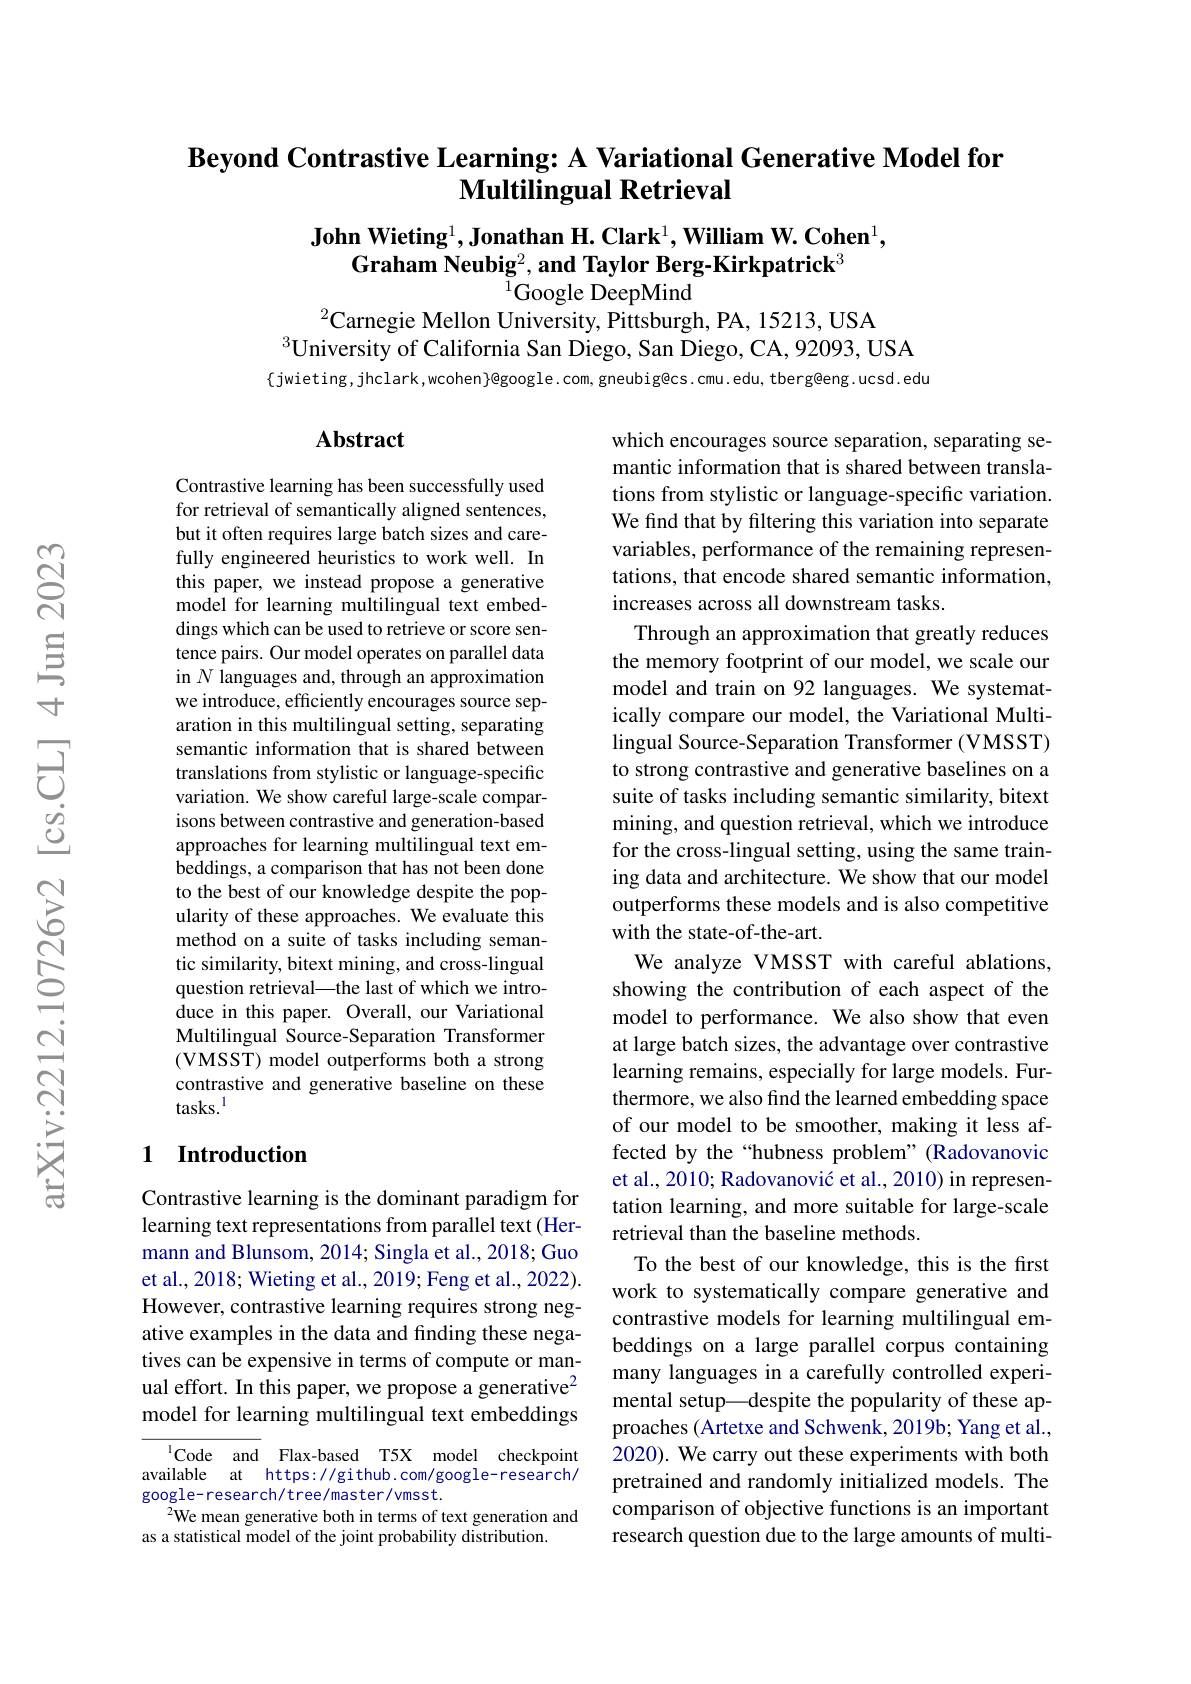
## Beyond Contrastive Learning: A Variational Generative Model for Multilingual Retrieval

John Wieting$^1$,Jonathan H. Clark$^1,\textbf{William W. Cohen}^1$,
Graham Neubig$^2,\textbf{and Taylor Berg-Kirkpatrick}^3$
# $^{1}$Google DeepMind

$^{2}$Carnegie Mellon University, Pittsburgh, PA, 15213, USA

$^{3}$University of California San Diego, San Diego, CA, 92093, USA

$\{$jwieting, jhclark,wcohen}@google.com, gneubig@cs.cmu.edu, tberg@eng.ucsd.edu

### $\mathbf{Abstract}$

Contrastive learning has been successfully used for retrieval of semantically aligned sentences, but it often requires large batch sizes and carefully engineered heuristics to work well. In this paper, we instead propose a generative model for learning multilingual text embeddings which can be used to retrieve or score sentence pairs. Our model operates on parallel data in $\hat{N\text{ languages and, through an approximation}}$ we introduce, efficiently encourages source separation in this multilingual setting, separating semantic information that is shared between translations from stylistic or language-specific variation. We show careful large-scale comparisons between contrastive and generation-based approaches for learning multilingual text embeddings, a comparison that has not been done to the best of our knowledge despite the popularity of these approaches. We evaluate this method on a suite of tasks including semantic similarity, bitext mining, and cross-lingual question retrieval—the last of which we introduce in this paper. Overall, our Variational Multilingual Source-Separation Transformer (VMSST) model outperforms both a strong contrastive and generative baseline on these tasks.$^{\mathrm{l}}$

which encourages source separation, separating semantic information that is shared between translations from stylistic or language-specific variation. We find that by filtering this variation into separate variables, performance of the remaining representations, that encode shared semantic information, increases across all downstream tasks.
Through an approximation that greatly reduces the memory footprint of our model, we scale our model and train on 92 languages. We systematically compare our model, the Variational Multilingual Source-Separation Transformer (VMSST) to strong contrastive and generative baselines on a suite of tasks including semantic similarity, bitext mining, and question retrieval, which we introduce for the cross-lingual setting, using the same training data and architecture. We show that our model outperforms these models and is also competitive with the state-of-the-art.
We analyze VMSST with careful ablations, showing the contribution of each aspect of the model to performance. We also show that even at large batch sizes, the advantage over contrastive learning remains, especially for large models. Furthermore, we also find the learned embedding space of our model to be smoother, making it less affected by the “hubness problem”(Radovanovic et al., 2010; Radovanović et al., 2010) in representation learning, and more suitable for large-scale retrieval than the baseline methods.
To the best of our knowledge, this is the first work to systematically compare generative and contrastive models for learning multilingual embeddings on a large parallel corpus containing many languages in a carefully controlled experimental setup—despite the popularity of these approaches (Artetxe and Schwenk, 2019b; Yang et al., 2020). We carry out these experiments with both pretrained and randomly initialized models. The comparison of objective functions is an important research question due to the large amounts of multi-

## 1 Introduction

Contrastive learning is the dominant paradigm for learning text representations from parallel text (Hermann and Blunsom, 2014; Singla et al., 2018; Guo et al., 2018; Wieting et al., 2019; Feng et al., 2022). However, contrastive learning requires strong negative examples in the data and finding these negatives can be expensive in terms of compute or manual effort. In this paper, we propose a generative$^2$ model for learning multilingual text embeddings

$^{1}$Code and Flax-based T5X model checkpoint available at https://github.com/google-research/ google- research/tree/master/vmsst.
$^{2}$We mean generative both in terms of text generation and
as a statistical model of the joint probability distribution.